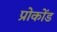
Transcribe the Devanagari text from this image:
प्रोकोंड